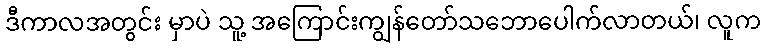
ဒီကာလအတွင်း မှာပဲ သူ့ အကြောင်းကျွန်တော်သဘောပေါက်လာတယ်၊ လူက